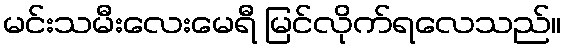
မင်းသမီးလေးမေရီ မြင်လိုက်ရလေသည်။